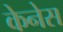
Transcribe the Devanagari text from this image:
केनेस